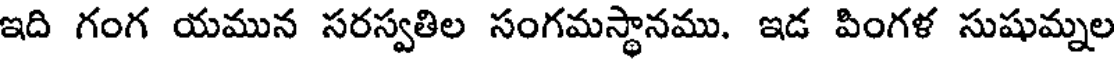
ఇది గంగ యమున సరస్వతిల సంగమస్థానము. ఇడ పింగళ సుషుమ్నల